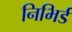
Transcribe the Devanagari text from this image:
निभिर्ड